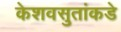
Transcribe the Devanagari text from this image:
केशवसुतांकडे